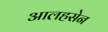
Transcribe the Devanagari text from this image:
आलहसेन